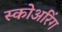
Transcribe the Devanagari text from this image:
स्कोअरिंग